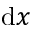
\mathrm { d } x